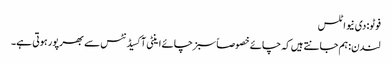
فوٹو: دی نیو اٹلس
لندن: ہم جانتے ہیں کہ چائے خصوصاً سبز چائے اینٹی آکسیڈنٹس سے بھرپور ہوتی ہے۔